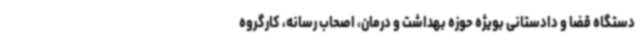
دستگاه قضا و دادستانی بویژه حوزه بهداشت و درمان، اصحاب رسانه، کارگروه